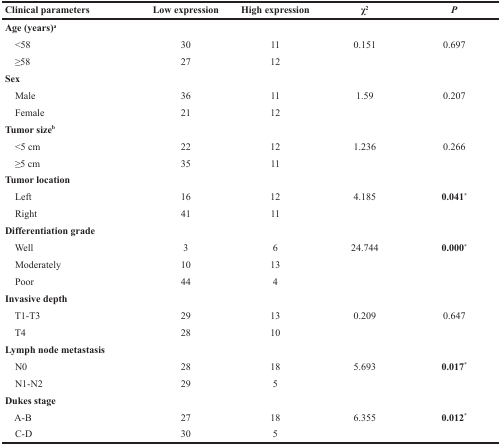
<table><thead><tr><td><b>Clinical parameters</b></td><td><b>Low expression</b></td><td><b>High expression</b></td><td><b>χ<sup>2</sup></b></td><td><b><i>P</i></b></td></tr></thead><tbody><tr><td><b>Age (years)<sup>a</sup></b></td><td></td><td></td><td></td><td></td></tr><tr><td> &lt;58</td><td>30</td><td>11</td><td>0.151</td><td>0.697</td></tr><tr><td> ≥58</td><td>27</td><td>12</td><td></td><td></td></tr><tr><td><b>Sex</b></td><td></td><td></td><td></td><td></td></tr><tr><td> Male</td><td>36</td><td>11</td><td>1.59</td><td>0.207</td></tr><tr><td> Female</td><td>21</td><td>12</td><td></td><td></td></tr><tr><td><b>Tumor size<sup>b</sup></b></td><td></td><td></td><td></td><td></td></tr><tr><td> &lt;5 cm</td><td>22</td><td>12</td><td>1.236</td><td>0.266</td></tr><tr><td> ≥5 cm</td><td>35</td><td>11</td><td></td><td></td></tr><tr><td><b>Tumor location</b></td><td></td><td></td><td></td><td></td></tr><tr><td> Left</td><td>16</td><td>12</td><td>4.185</td><td><b>0.041</b>*</td></tr><tr><td> Right</td><td>41</td><td>11</td><td></td><td></td></tr><tr><td><b>Differentiation grade</b></td><td></td><td></td><td></td><td></td></tr><tr><td> Well</td><td>3</td><td>6</td><td>24.744</td><td><b>0.000</b>*</td></tr><tr><td> Moderately</td><td>10</td><td>13</td><td></td><td></td></tr><tr><td> Poor</td><td>44</td><td>4</td><td></td><td></td></tr><tr><td><b>Invasive depth</b></td><td></td><td></td><td></td><td></td></tr><tr><td> T1-T3</td><td>29</td><td>13</td><td>0.209</td><td>0.647</td></tr><tr><td> T4</td><td>28</td><td>10</td><td></td><td></td></tr><tr><td><b>Lymph node metastasis</b></td><td></td><td></td><td></td><td></td></tr><tr><td> N0</td><td>28</td><td>18</td><td>5.693</td><td><b>0.017</b>*</td></tr><tr><td> N1-N2</td><td>29</td><td>5</td><td></td><td></td></tr><tr><td><b>Dukes stage</b></td><td></td><td></td><td></td><td></td></tr><tr><td> A-B</td><td>27</td><td>18</td><td>6.355</td><td><b>0.012</b>*</td></tr><tr><td> C-D</td><td>30</td><td>5</td><td></td><td></td></tr></tbody></table>